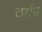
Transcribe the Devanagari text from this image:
ठाढि